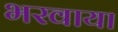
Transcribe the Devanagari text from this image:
भरवाया